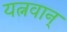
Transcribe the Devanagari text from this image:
यत्नवान्